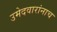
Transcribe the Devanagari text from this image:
उमेदवारांनाच